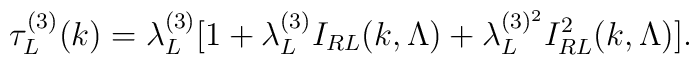
\tau_{L}^{(3)}(k)= \lambda_L^{(3)} [1 + \lambda_L^{(3)} I_{RL}(k,\Lambda)+ \lambda_L^{(3)^2}  I^2_{RL}(k,\Lambda) ].